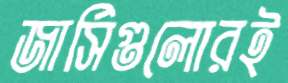
জার্সিগুলোরই